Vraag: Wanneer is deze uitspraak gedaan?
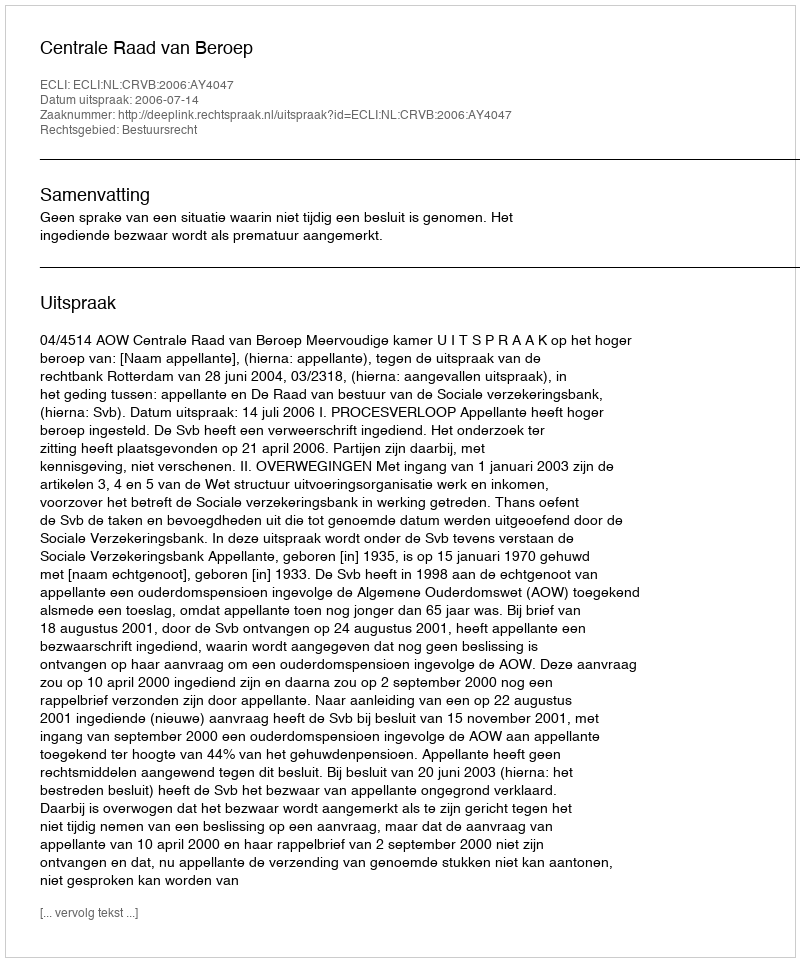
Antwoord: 2006-07-14